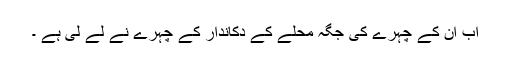
اب ان کے چہرے کی جگہ محلے کے دکاندار کے چہرے نے لے لی ہے ۔